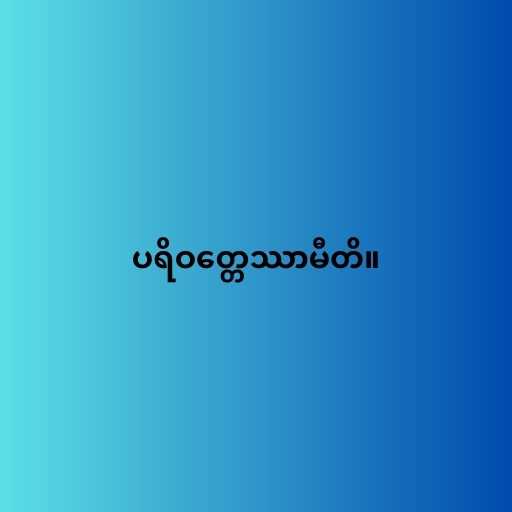
ပရိဝတ္တေဿာမီတိ။